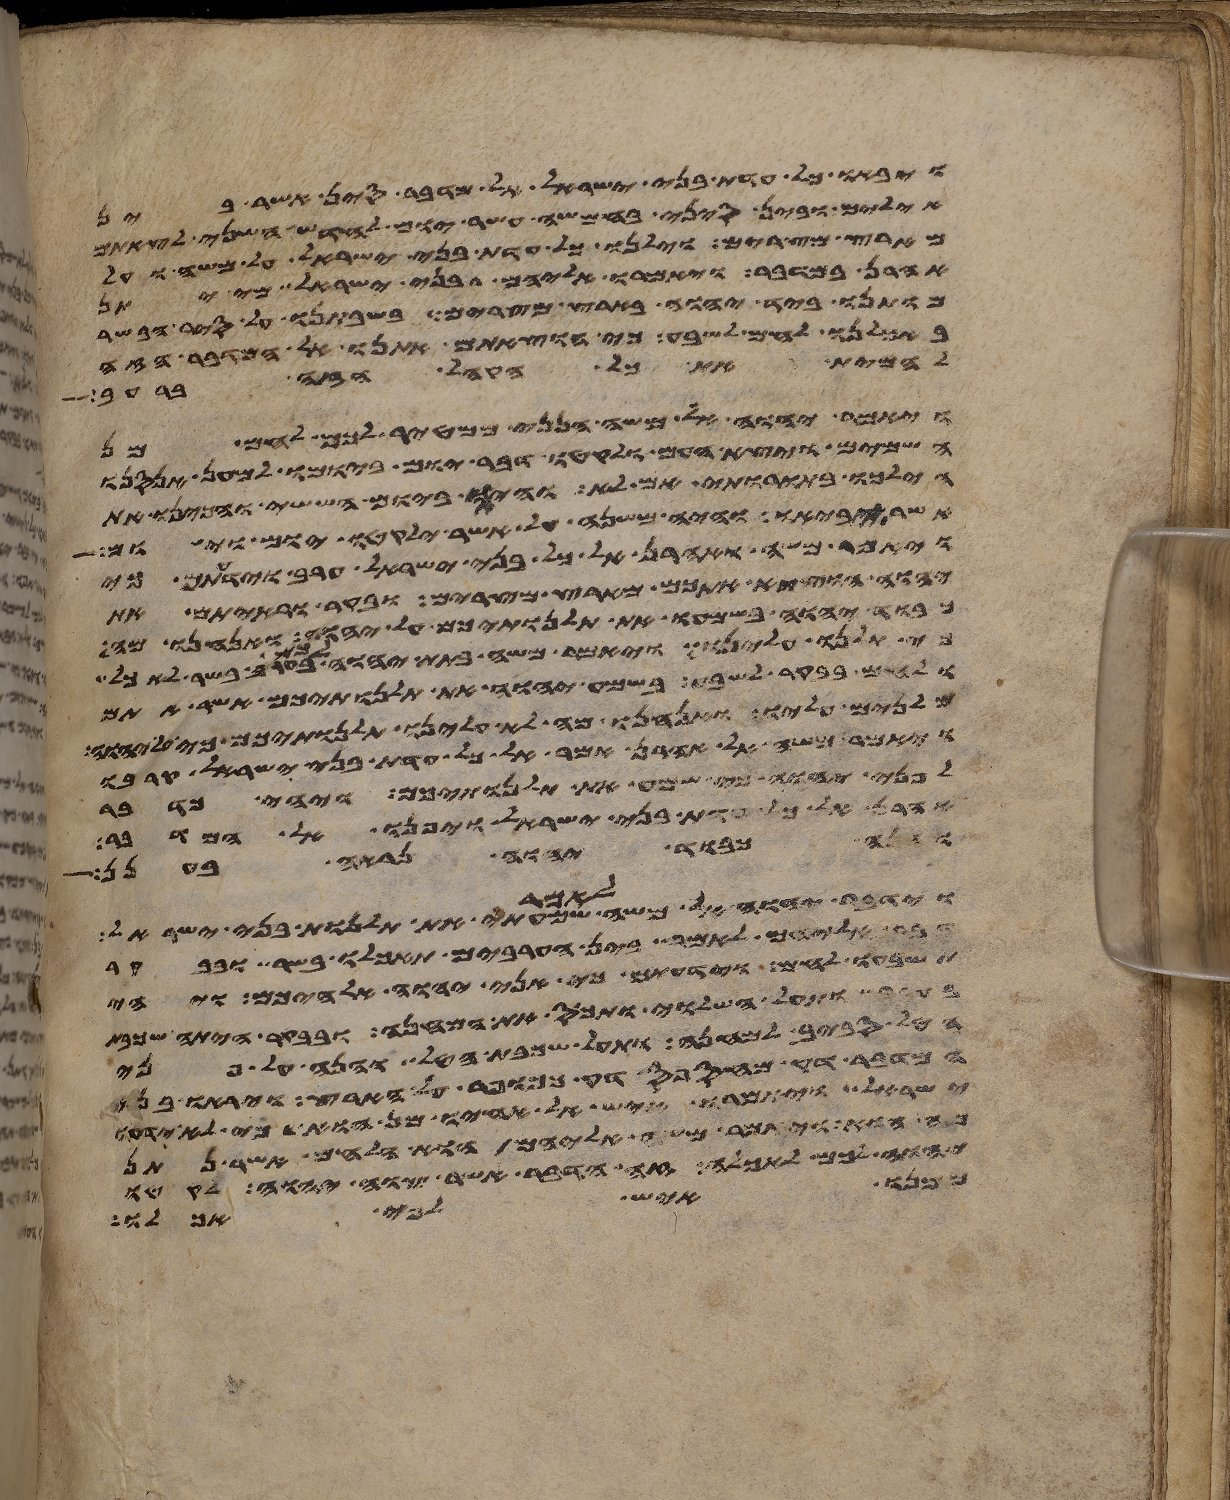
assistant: ויבאו כל עדת בני ישראל אל מדבר סין אשר בין
אילים ובין סיני בחמשה עשר יום לחדש השני לצאתם
מארץ מצרים וילנו כל עדת בני ישראל על משה ועל
אהרן במדבר ויאמרו אליהם בני ישראל מי יתן
מותנו ביד יהוה בארץ מצרים בשבתנו על סיר הבשר
באכלנו לחם לשבע כי הוצאתם אתנו אל המדבר הזה
להמית את כל הקהל הזה ברעב
ויאמר יהוה אל משה הנני ממטיר לכם לחם מן
השמים ויצא העם ולקטו דבר יום ביומו למען אנסנו
הילכו בתורותי אם לא והיה ביום הששי והכינו את
אשר יביאו והיה משנה על אשר ילקטו יום ויום
ויאמר משה ואהרן אל כל בני ישראל ערב וידעתם כי
יהוה הוציא אתכם מארץ מצרים ובקר וראיתם את
כבוד יהוה בשמעו את תלנתיכם על יהוה ואנחנו מה
כי תלנו עלינו ויאמר משה בתת יהוה לכם בערב בשר לאכל
ולחם בבקר לשבע בשמע יהוה את תלנתיכם אשר אתם
מלנים עליו ואנחנו מה לא עלינו תלנתיכם כי
ויאמר משה אל אהרן אמר אל כל עדת בני ישראל קרבו
לפני יהוה כי שמע את תלנתיכם ויהי כדבר
אהרן אל כל עדת בני ישראל ויפנו אל המדבר
והנה כבוד יהוה נראה בענן
וידבר יהוה אל משה לאמר שמעתי את תלנות בני ישראל
דבר אליהם לאמר בין הערבים תאכלו בשר ובבקר
תשבעו לחם וידעתם כי אני יהוה אלהיכם ויהי
ותעל השלוי ותכס את המחנה ובבקר היתה
הטל סביב למחנה ותעל שכבת הטל והנה על פני
המדבר דק מחספס דק ככופר על הארץ ויראו בני
ישראל ויאמרו איש אל אחיו מן הוא כי לא
מה הוא ויאמר משה אליהם הוא הלחם אשר נתן
יהוה לכם לאכלה זה הדבר אשר צוה יהוה לקטו
ממנו איש לפי אכלו